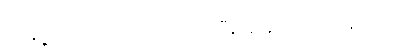
တချို့ကတော့ အပေါ်ကပါးပြီး အောက်က ထူသည်။